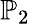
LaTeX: \mathbb{P}_{2}